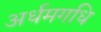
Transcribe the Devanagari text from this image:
अर्धमगधि